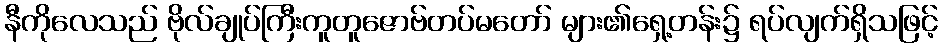
နီကိုလေသည် ဗိုလ်ချုပ်ကြီးကူတူဇောဗ်တပ်မတော် များ၏ရှေ့တန်း၌ ရပ်လျက်ရှိသဖြင့်